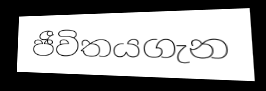
ජීවිතයගැන